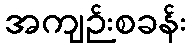
အကျဉ်းစခန်း